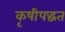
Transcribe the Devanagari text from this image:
कृषीपद्धत